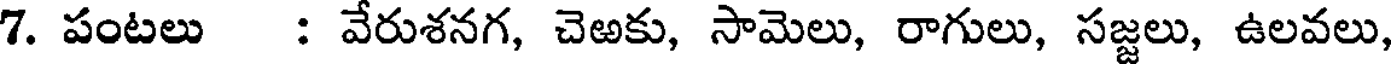
7. పంటలు : వేరుశనగ, చెఱకు, సామెలు, రాగులు, సజ్జలు, ఉలవలు,